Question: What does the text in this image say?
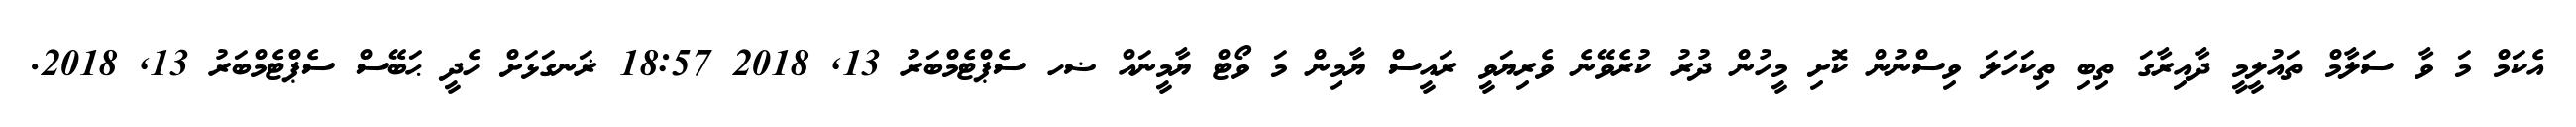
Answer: އެކަމް މަ ވާ ސަލާމް ތައުލީމީ ދާއިރާގަ ތިބި ތިކަހަލަ ވިސްނުން ކޮށި މީހުން ދުރު ކުރެވޭނެ ވެރިޔަވީ ރައީސް ޔާމިން މަ ވޯޓް ޔާމީނައް ޟހ ސެޕްޓެމްބަރު 13, 2018 18:57 ޜަނގަޅަށް ހެދީ ޙަބޭސް ސެޕްޓެމްބަރު 13, 2018.